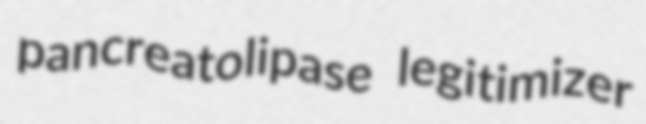
pancreatolipase legitimizer